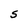
Character: S